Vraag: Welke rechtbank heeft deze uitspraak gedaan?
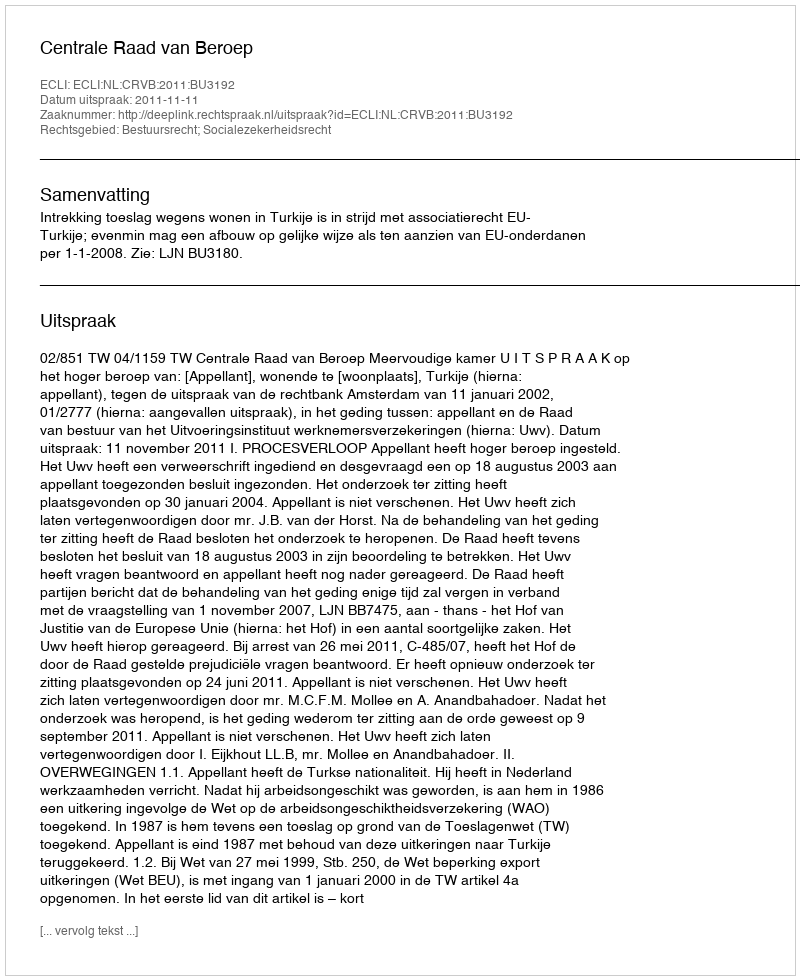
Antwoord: Centrale Raad van Beroep